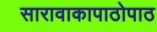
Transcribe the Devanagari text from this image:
सारावाकापाठोपाठ